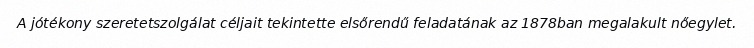
A jótékony szeretetszolgálat céljait tekintette elsőrendű feladatának az 1878ban megalakult nőegylet.